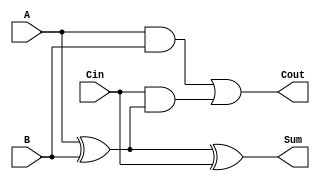
module tree_structured_full_adder (
    input wire A,      // First binary input
    input wire B,      // Second binary input
    input wire Cin,    // Carry-in
    output wire Sum,   // Sum output
    output wire Cout   // Carry-out output
);

// Intermediate signals for sum calculation
wire AB_xor;         // A XOR B
wire A_B_Cin_xor;    // (A XOR B) XOR Cin

// Layer 1: Compute Sum using XOR gates
assign AB_xor = A ^ B;          // First XOR
assign Sum = AB_xor ^ Cin;      // Second XOR with Cin

// Layer 2: Compute Cout using AND and OR gates
wire AB_and;          // A AND B
wire Cin_AB_xor_and; // Cin AND (A XOR B)

// Compute carry-out
assign AB_and = A & B;                     // A AND B
assign Cin_AB_xor_and = Cin & AB_xor;      // Cin AND (A XOR B)
assign Cout = AB_and | Cin_AB_xor_and;     // OR for final Cout

endmodule